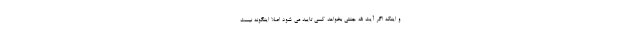
و اینکه اگر آیت الله جنتی بخواهد کسی تایید می شود اصلا اینگونه نیست